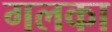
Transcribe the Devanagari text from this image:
गलका